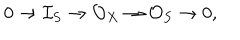
0 \to \mathcal { I } _ { S } \to \mathcal { O } _ { X } \to \mathcal { O } _ { S } \to 0 ,